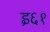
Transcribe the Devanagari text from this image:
इ६१